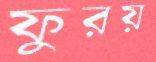
ফুরয়